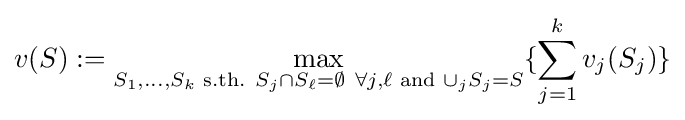
v(S):=\max _{S_{1},\ldots ,S_{k}{\text{ s.th. }}S_{j}\cap S_{\ell }=\emptyset \ \forall j,\ell {\text{ and }}\cup _{j}S_{j}=S}\{\sum _{j=1}^{k}v_{j}(S_{j})\}